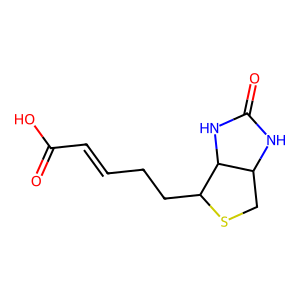
SMILES: O=C(O)C=CCCC1SCC2NC(=O)NC21
Inhibits HIV replication: No